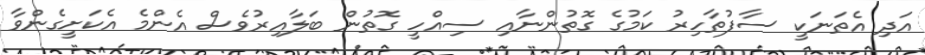
އަދި އެތަނަކީ ސާފުތާހިރު ކަމުގެ ގޮތުންނާއި ސިއްހީ ގޮތުން ބަލާއިރުވެސް އެންމެ އެކަށީގެންވާ